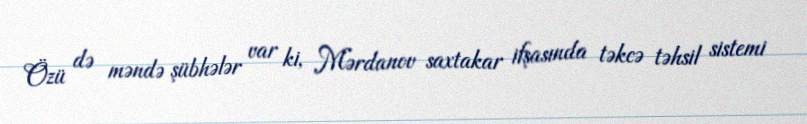
Özü də məndə şübhələr var ki, Mərdanov saxtakar ifşasında təkcə təhsil sistemi